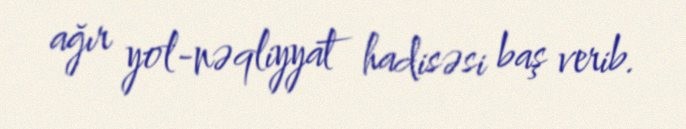
ağır yol-nəqliyyat hadisəsi baş verib.